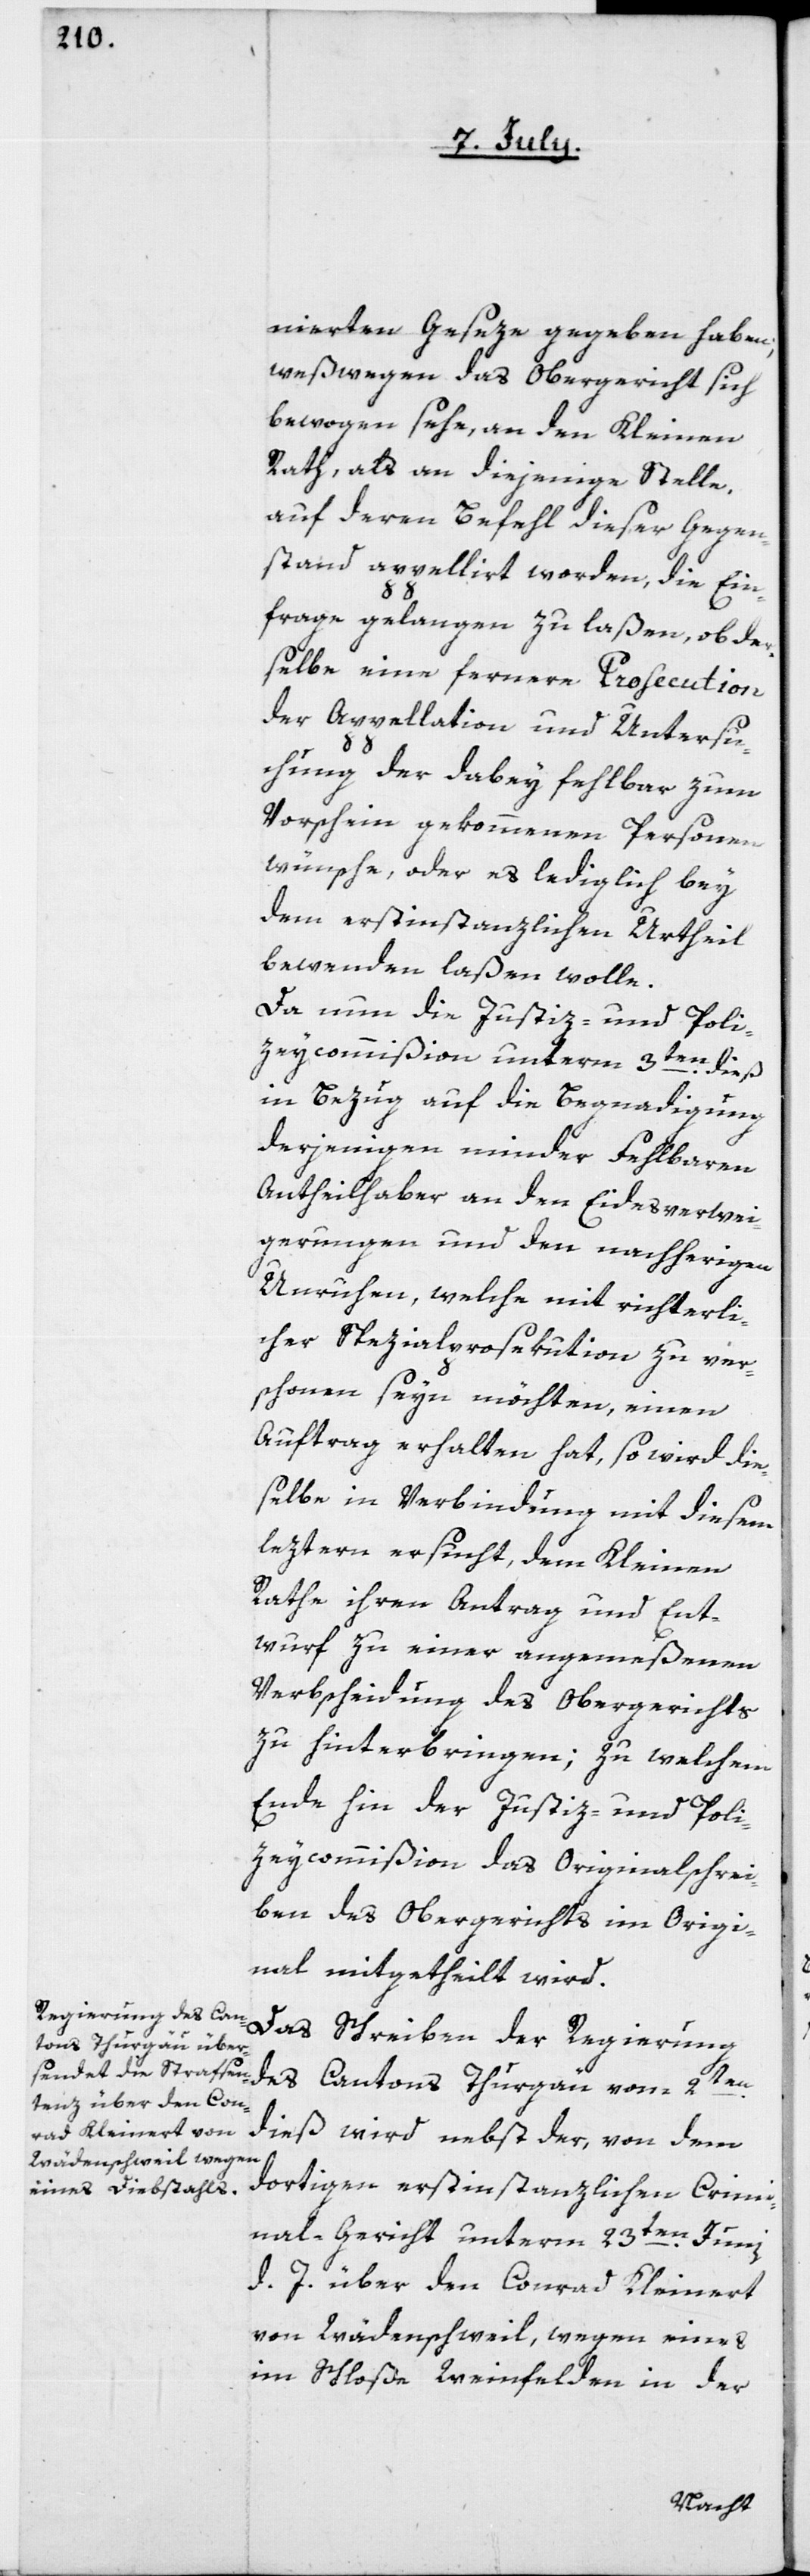
nierten Geseze gegeben haben;
weßwegen das Obergericht sich
bewogen sehe, an den Kleinen
Rath, als an diejenige Stelle,
auf deren Befehl dieser Gegen¬
stand appellirt worden, die Ein¬
frage gelangen zu laßen, ob der¬
selbe eine fernere Prosecution
der Appellation und Untersu¬
chung der dabey fehlbar zum
Vorschein gekommenen Personen
wünsche, oder es lediglich bey
dem erstinstanzlichen Urtheil
bewenden laßen wolle.
Da nun die Justiz- und Poli¬
zeycommißion unterm 3ten dieß
in Bezug auf die Begnadigung
derjenigen minder fehlbaren
Antheilhaber an den Eidesverwei¬
gerungen und den nacherigen
Unruhen, welche mit richterli¬
cher Spezialprosekution zu ver¬
schonen seyn möchten, einen
Auftrag erhalten hat, so wird die¬
selbe in Verbindung mit diesem
leztern ersucht, dem Kleinen
Rathe ihren Antrag und Ent¬
wurf zu einer angemeßenen
Verbscheidung des Obergerichts
zu hinterbringen; zu welchem
Ende hin der Justiz- und Poli¬
zeycommißion das Originalschrei¬
ben des Obergerichts im Origi¬
nal mitgetheilt wird.
Das Schreiben der Regierung
des Cantons Thurgau vom 2ten
dieß wird nebst der, von dem
dortigen erstinstanzlichen Crimi¬
nal-Gericht unterm 23ten Juni
d. J. über den Conrad Kleinert
von Wädenschweil, wegen eines
im Schloße Weinfelden in der